King Institute of Preventive Medicine Micro-Biological Section reports 1909-11
Year: 1909
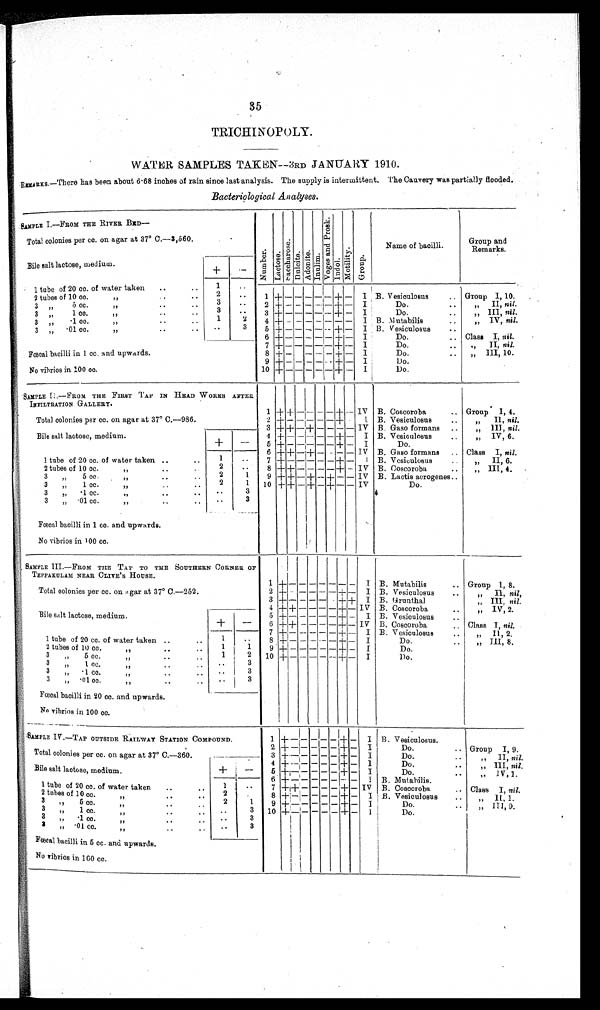
3
5
TRICHINOPOLY.
WATER SAMPLES TAKEN—3RD JANUARY 1910.
REMARKS.—There has been about 6·68 inches of rain since last analysis. The supply is intermittent. The Cauvery was partially flooded
Bacteriological Analyses.
SAMPLE I.—FROM THE RIVER BID—
NumberLactose.
S a c c h a r o s e .
Dul ci t e.Adonite.Inul i m. V o g e s a n d P r o s k .
Indol.Mot i l i t y.Group.
Name of baoilli.
Group and
Remarks.
Total colonies per cc. on agar at 37° C.—3,560.
Bile salt lactose, medium.
+
−
1 tube of 20 cc. of water taken
1
1 + − − − − − + −
I B. Vesiculosus
Group I, 10.
2 tubes of 10cc.
2
2 + − − − − − + −
I Do.
„ II, nil.
3
„
5cc.
„
3
3 + − − − − − + −
I
Do.
„ III, nil.
3
„
1cc.
„
3
4 + − − − − − + −
I B. Mutabilis
„ IV, nil.
3
„
·1cc.
„
1
2
5 + − − − − − + −
I B. Vesiculosus
3
„
·01cc.
„
3
6 + − − − − − + −
I
Do.
Class I, nil.
Fœcal bacilli in 1 cc, and. upwards.
7 + − − − − − + −
I
Do.
,, II, nil.
8 + − − − − − + −
I
Do.
„ III, 10.
No vibrios in 100 cc.
9 + − − − − − + −
I Do.
1 0 + − − − − − + −
I
!Do.
SAMPLE II.—FROM THE FIRST TAP IN HEAD WORKS ASTER
INFILTRATION GALLERY.
Total colonies per cc. on agar at 37° C.—986.
1 + + − − − − + − IV B. Coscoroba
Group I, 4.
2 + − − − − − + −
I B. Vesiculosus
„ II, nil.
3 + + − + − − − − IV B. Gaso formans
„ III, nil.
Bile salt lactose, medium.
+
−
4 + − − − − − + −
I B. Vesiculosus
„ IV, 6.
5 + − − − − − + −
I
Do.
1 tube of 20 cc. of water taken
1
6 + + − + − − − − IV B. Gaso formans
Class I, nil.
7 + − − − − − + −
I B. Vesiculosus
„ II 6
.
2 tubes of 10 cc. ,,
2
8 + + − − − − + − IV B. Coscoroba
„ III, 4.
3
,,
5 cc.,,
2
1
9 + + − + − + − − IV B. Lactis aerogenes
3 „ 1 cc. ,,
2
1
10 + + − + − + − −
I V
Do.
3
,,
·1 cc.
3
3 „·01 cc.
3
Fœcal bacilli in 1 cc. and upwards.
No vibrios in 100 cc.
SAMPLE III.—FROM THE TAP TO THE SOUTHERN
CORNER
OF TEPPAKULAM NEAR CLIVE'S HOUSE.
T o t a l o o l o n i e s p e r c c . o n a g a r a t 3 7° C . — 2 5 2 .
1 + − − − − − − − I
B. Mutabilis
Group I, 8.
2 + − − − − − + −
I
B. VesiCulosus
„ II, nil,
3 + − − − − − + +
I
B. Grunthal
III, nil.
Bile salt lactose, medium.
+
−
4 + + − − − − + −
I V B. Coscoroba
„ IV, 2.
5 + + − − − − + −
I
B. Vesiculosus
1 tube of 20 cc. of water taken
1
6 + + − − − − + −
I V B. Coscoroba
Class I, nil.
7 + − − − − − + −
I
B. Vesiculosus
„ II, 2.
8 + − − − − − + −
I
Do.
„ III, 8.
2 tubes of 10 cc.
1
1
9 + − − − − − + −
I
Do.
3 „ 5 cc.
„
1
2
1 0
+ − − − − − + −
I
Do.
3 „ lee.
„
3
3 „ ·1 cc.
„
3
3 „ ·01 cc.
„
3
Fœcal bacilli in 20 cc. and upwards.
No vibrios in 100 cc.
SAMPLE IV.—TAP OUTSIDE RAILWAY STATION COMPOUND.
1
+ − − − − − + −
I B. Vesiculosus.
Total colonies per cc. on agar at 37° C.—360.
2
+ − − − − − + −
I
Do.
Group I, 9.
3
+ − − − − − + −
I
Do.
„ II, nil.
Bile salt lactose, medium.
+
− 4
+ − − − − − + −
I
Do.
„ III, nil.
5
+ − − − − − + −
I
Do.
„ IV, 1.
1 tube of 20 cc. of water taken.
1
6
+ − − − − − + −
I
B. Mutabilis.
7
+ + − − − − + −
I V
B. Coscoroba
Class I, nil.
2 tubes of 10 cc.
„
2
8
+ − − − − − + −
I
B. Vesiculosus
„ II, 1.
3 ,, 5 cc.
,,
2
1 9
+ − − − − − + −
I
Do..
,, III, 9.
3 ,, 1 cc. ,,
3
10
+ − − − − − + −
I
Do.
3 ,, ·1 cc. ,,
3
3 ,, ·01 cc. ,,
3
Fœcal bacilli in 5 cc. and upwards.
No vibrios in 100 cc.